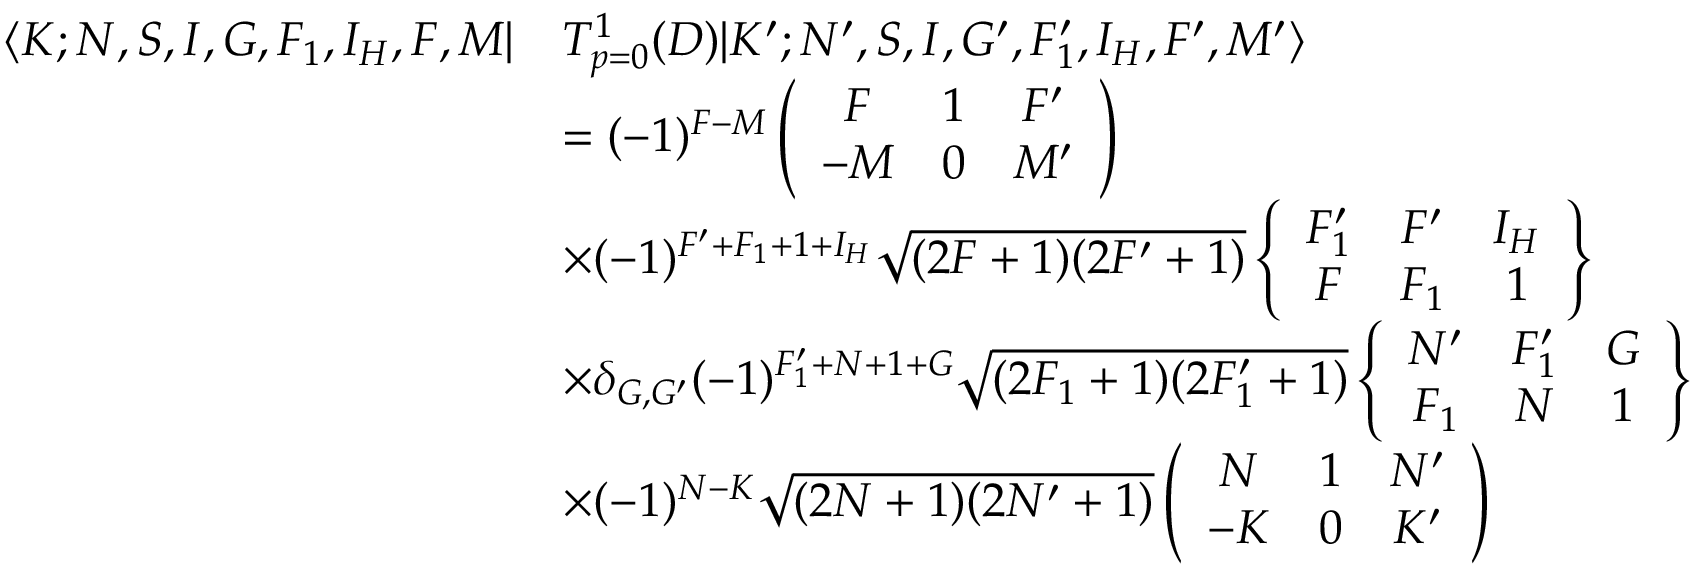
\begin{array} { r l } { \langle K ; N , S , I , G , F _ { 1 } , I _ { H } , F , M | } & { T _ { p = 0 } ^ { 1 } ( D ) | K ^ { \prime } ; N ^ { \prime } , S , I , G ^ { \prime } , F _ { 1 } ^ { \prime } , I _ { H } , F ^ { \prime } , M ^ { \prime } \rangle } \\ & { = ( - 1 ) ^ { F - M } \left( \begin{array} { c c c } { F } & { 1 } & { F ^ { \prime } } \\ { - M } & { 0 } & { M ^ { \prime } } \end{array} \right) } \\ & { \times ( - 1 ) ^ { F ^ { \prime } + F _ { 1 } + 1 + I _ { H } } \sqrt { ( 2 F + 1 ) ( 2 F ^ { \prime } + 1 ) } \left\{ \begin{array} { c c c } { F _ { 1 } ^ { \prime } } & { F ^ { \prime } } & { I _ { H } } \\ { F } & { F _ { 1 } } & { 1 } \end{array} \right\} } \\ & { \times \delta _ { G , G ^ { \prime } } ( - 1 ) ^ { F _ { 1 } ^ { \prime } + N + 1 + G } \sqrt { ( 2 F _ { 1 } + 1 ) ( 2 F _ { 1 } ^ { \prime } + 1 ) } \left\{ \begin{array} { c c c } { N ^ { \prime } } & { F _ { 1 } ^ { \prime } } & { G } \\ { F _ { 1 } } & { N } & { 1 } \end{array} \right\} } \\ & { \times ( - 1 ) ^ { N - K } \sqrt { ( 2 N + 1 ) ( 2 N ^ { \prime } + 1 ) } \left( \begin{array} { c c c } { N } & { 1 } & { N ^ { \prime } } \\ { - K } & { 0 } & { K ^ { \prime } } \end{array} \right) } \end{array}